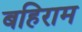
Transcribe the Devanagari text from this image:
बहिराम